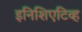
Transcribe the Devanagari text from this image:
इनिशिएटिव्ह